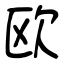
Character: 欧